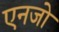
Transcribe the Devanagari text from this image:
एनजो